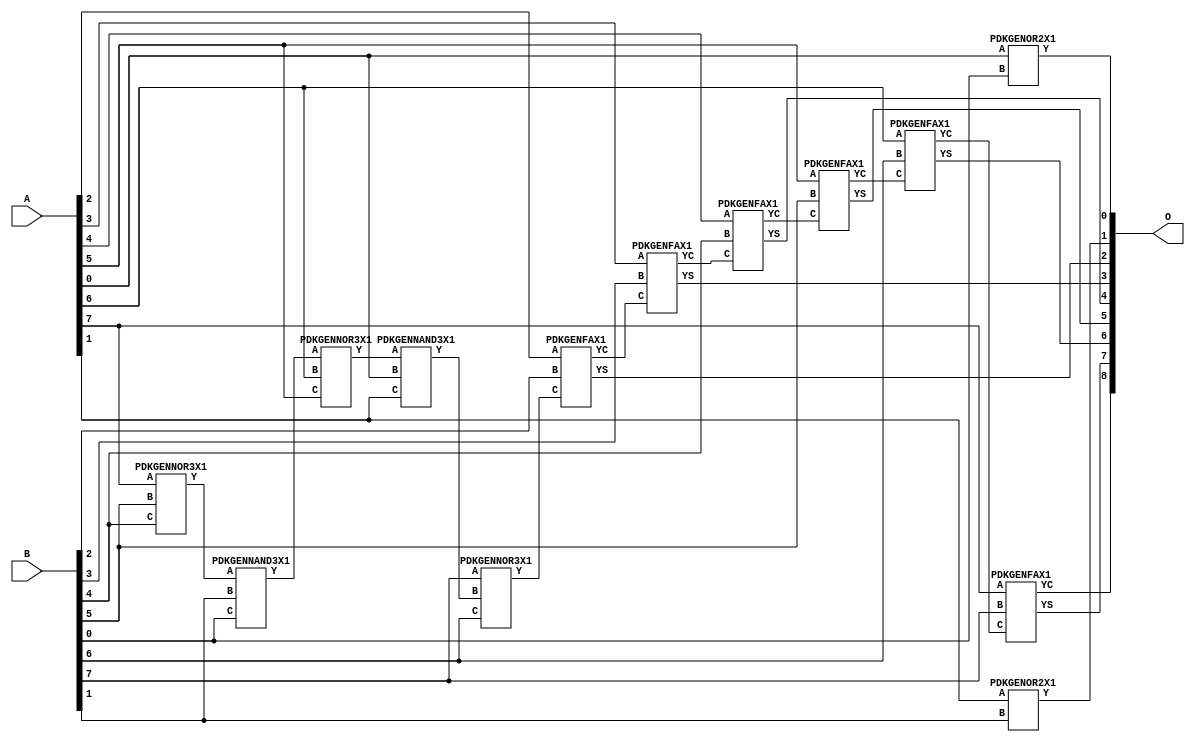
// Library = EvoApprox8b
// Circuit = add8_066
// Area   (180) = 1048
// Delay  (180) = 2.010
// Power  (180) = 261.80
// Area   (45) = 71
// Delay  (45) = 0.750
// Power  (45) = 25.87
// Nodes = 13
// HD = 89668
// MAE = 0.74902
// MSE = 1.49609
// MRE = 0.40 %
// WCE = 3
// WCRE = 50 %
// EP = 43.8 %

module add8_066(A, B, O);
  input [7:0] A;
  input [7:0] B;
  output [8:0] O;
  wire [2031:0] N;

  assign N[0] = A[0];
  assign N[1] = A[0];
  assign N[2] = A[1];
  assign N[3] = A[1];
  assign N[4] = A[2];
  assign N[5] = A[2];
  assign N[6] = A[3];
  assign N[7] = A[3];
  assign N[8] = A[4];
  assign N[9] = A[4];
  assign N[10] = A[5];
  assign N[11] = A[5];
  assign N[12] = A[6];
  assign N[13] = A[6];
  assign N[14] = A[7];
  assign N[15] = A[7];
  assign N[16] = B[0];
  assign N[17] = B[0];
  assign N[18] = B[1];
  assign N[19] = B[1];
  assign N[20] = B[2];
  assign N[21] = B[2];
  assign N[22] = B[3];
  assign N[23] = B[3];
  assign N[24] = B[4];
  assign N[25] = B[4];
  assign N[26] = B[5];
  assign N[27] = B[5];
  assign N[28] = B[6];
  assign N[29] = B[6];
  assign N[30] = B[7];
  assign N[31] = B[7];

  PDKGENOR2X1 n32(.A(N[0]), .B(N[16]), .Y(N[32]));
  PDKGENNOR3X1 n38(.A(N[14]), .B(N[26]), .C(N[24]), .Y(N[38]));
  assign N[39] = N[38];
  PDKGENNAND3X1 n52(.A(N[39]), .B(N[18]), .C(N[16]), .Y(N[52]));
  assign N[53] = N[52];
  PDKGENNOR3X1 n58(.A(N[53]), .B(N[12]), .C(N[10]), .Y(N[58]));
  PDKGENNAND3X1 n76(.A(N[58]), .B(N[0]), .C(N[2]), .Y(N[76]));
  assign N[77] = N[76];
  PDKGENNOR3X1 n80(.A(N[30]), .B(N[77]), .C(N[28]), .Y(N[80]));
  assign N[81] = N[80];
  PDKGENOR2X1 n82(.A(N[2]), .B(N[18]), .Y(N[82]));
  PDKGENFAX1 n132(.A(N[4]), .B(N[20]), .C(N[81]), .YS(N[132]), .YC(N[133]));
  PDKGENFAX1 n182(.A(N[6]), .B(N[22]), .C(N[133]), .YS(N[182]), .YC(N[183]));
  PDKGENFAX1 n232(.A(N[8]), .B(N[24]), .C(N[183]), .YS(N[232]), .YC(N[233]));
  PDKGENFAX1 n282(.A(N[10]), .B(N[26]), .C(N[233]), .YS(N[282]), .YC(N[283]));
  PDKGENFAX1 n332(.A(N[12]), .B(N[28]), .C(N[283]), .YS(N[332]), .YC(N[333]));
  PDKGENFAX1 n382(.A(N[14]), .B(N[30]), .C(N[333]), .YS(N[382]), .YC(N[383]));

  assign O[0] = N[32];
  assign O[1] = N[82];
  assign O[2] = N[132];
  assign O[3] = N[182];
  assign O[4] = N[232];
  assign O[5] = N[282];
  assign O[6] = N[332];
  assign O[7] = N[382];
  assign O[8] = N[383];

endmodule
/* mod */
module PDKGENNAND3X1(input A, input B, input C, output Y );
     assign Y = ~((A & B) & C);
endmodule
/* mod */
module PDKGENOR2X1(input A, input B, output Y );
     assign Y = A | B;
endmodule
/* mod */
module PDKGENFAX1( input A, input B, input C, output YS, output YC );
    assign YS = (A ^ B) ^ C;
    assign YC = (A & B) | (B & C) | (A & C);
endmodule
/* mod */
module PDKGENNOR3X1(input A, input B, input C, output Y );
     assign Y = ~((A | B) | C);
endmodule